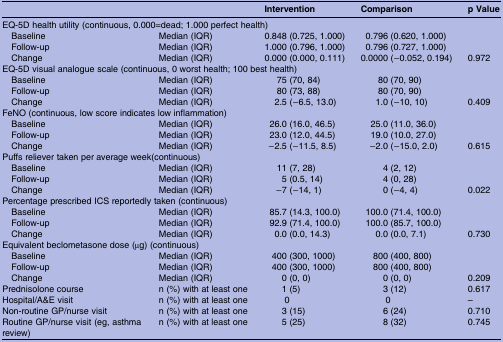
<table><thead><tr><td></td><td></td><td><b>Intervention</b></td><td><b>Comparison</b></td><td><b>p Value</b></td></tr></thead><tbody><tr><td colspan="5">EQ-5D health utility (continuous, 0.000=dead; 1.000 perfect health)</td></tr><tr><td> Baseline</td><td>Median (IQR)</td><td>0.848 (0.725, 1.000)</td><td>0.796 (0.620, 1.000)</td><td></td></tr><tr><td> Follow-up</td><td>Median (IQR)</td><td>1.000 (0.796, 1.000)</td><td>0.796 (0.727, 1.000)</td><td></td></tr><tr><td> Change</td><td>Median (IQR)</td><td>0.000 (0.000, 0.111)</td><td>0.0000 (−0.052, 0.194)</td><td>0.972</td></tr><tr><td colspan="5">EQ-5D visual analogue scale (continuous, 0 worst health; 100 best health)</td></tr><tr><td> Baseline</td><td>Median (IQR)</td><td>75 (70, 84)</td><td>80 (70, 90)</td><td></td></tr><tr><td> Follow-up</td><td>Median (IQR)</td><td>80 (73, 88)</td><td>80 (70, 90)</td><td></td></tr><tr><td> Change</td><td>Median (IQR)</td><td>2.5 (−6.5, 13.0)</td><td>1.0 (−10, 10)</td><td>0.409</td></tr><tr><td colspan="5">FeNO (continuous, low score indicates low inflammation)</td></tr><tr><td> Baseline</td><td>Median (IQR)</td><td>26.0 (16.0, 46.5)</td><td>25.0 (11.0, 36.0)</td><td></td></tr><tr><td> Follow-up</td><td>Median (IQR)</td><td>23.0 (12.0, 44.5)</td><td>19.0 (10.0, 27.0)</td><td></td></tr><tr><td> Change</td><td>Median (IQR)</td><td>−2.5 (−11.5, 8.5)</td><td>−2.0 (−15.0, 2.0)</td><td>0.615</td></tr><tr><td colspan="5">Puffs reliever taken per average week(continuous)</td></tr><tr><td> Baseline</td><td>Median (IQR)</td><td>11 (7, 28)</td><td>4 (2, 12)</td><td></td></tr><tr><td> Follow-up</td><td>Median (IQR)</td><td>5 (0.5, 14)</td><td>4 (0, 28)</td><td></td></tr><tr><td> Change</td><td>Median (IQR)</td><td>−7 (−14, 1)</td><td>0 (−4, 4)</td><td>0.022</td></tr><tr><td colspan="5">Percentage prescribed ICS reportedly taken (continuous)</td></tr><tr><td> Baseline</td><td>Median (IQR)</td><td>85.7 (14.3, 100.0)</td><td>100.0 (71.4, 100.0)</td><td></td></tr><tr><td> Follow-up</td><td>Median (IQR)</td><td>92.9 (71.4, 100.0)</td><td>100.0 (85.7, 100.0)</td><td></td></tr><tr><td> Change</td><td>Median (IQR)</td><td>0.0 (0.0, 14.3)</td><td>0.0 (0.0, 7.1)</td><td>0.730</td></tr><tr><td colspan="5">Equivalent beclometasone dose (μg) (continuous)</td></tr><tr><td> Baseline</td><td>Median (IQR)</td><td>400 (300, 1000)</td><td>800 (400, 800)</td><td></td></tr><tr><td> Follow-up</td><td>Median (IQR)</td><td>400 (300, 1000)</td><td>800 (400, 800)</td><td></td></tr><tr><td> Change</td><td>Median (IQR)</td><td>0 (0, 0)</td><td>0 (0, 0)</td><td>0.209</td></tr><tr><td>Prednisolone course</td><td>n (%) with at least one</td><td>1 (5)</td><td>3 (12)</td><td>0.617</td></tr><tr><td>Hospital/A&amp;E visit</td><td>n (%) with at least one</td><td>0</td><td>0</td><td>–</td></tr><tr><td>Non-routine GP/nurse visit</td><td>n (%) with at least one</td><td>3 (15)</td><td>6 (24)</td><td>0.710</td></tr><tr><td>Routine GP/nurse visit (eg, asthma review)</td><td>n (%) with at least one</td><td>5 (25)</td><td>8 (32)</td><td>0.745</td></tr></tbody></table>